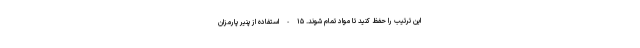
این ترتیب را حفظ کنید تا مواد تمام شوند. ۱۵-استفاده از پنیر پارمزان